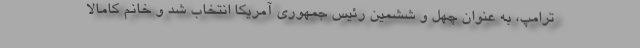
ترامپ، به عنوان چهل و ششمین رئیس جمهوری آمریکا انتخاب شد و خانم کامالا